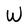
Character: W